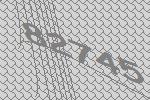
82745